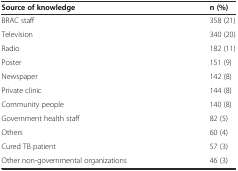
| Source of knowledge | n (%) |
 | --- | --- |
 | BRAC staff | 358 (21) |
 | Television | 340 (20) |
 | Radio | 182 (11) |
 | Poster | 151 (9) |
 | Newspaper | 142 (8) |
 | Private clinic | 144 (8) |
 | Community people | 140 (8) |
 | Government health staff | 82 (5) |
 | Others | 60 (4) |
 | Cured TB patient | 57 (3) |
 | Other non-governmental organizations | 46 (3) |